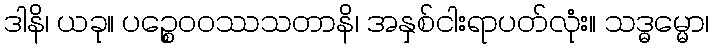
ဒါနိ၊ ယခု။ ပဉ္စေဝဝဿသတာနိ၊ အနှစ်ငါးရာပတ်လုံး။ သဒ္ဓမ္မော၊